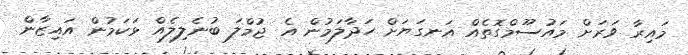
މައިރާ ވަރަށް މައުސޫމްގޮތެއް އަނގަޔަށް ހަދާލަމުން އެ ޖުމްލަ ބުނެލިލެއް ޅަކަމުން އައިޒާން